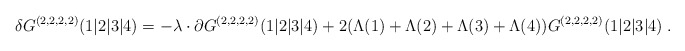
\begin{align*} \delta G^{(2,2,2,2)}(1\vert 2\vert 3\vert 4) = -\lambda\cdot\partial G^{(2,2,2,2)}(1\vert 2\vert 3\vert 4) + 2(\Lambda(1) + \Lambda(2) + \Lambda(3)+ \Lambda(4)) G^{(2,2,2,2)}(1\vert 2\vert 3\vert 4) \;.\end{align*}